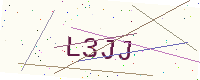
Text: L3JJ